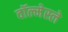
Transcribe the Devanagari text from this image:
वॉल्मेस्ले